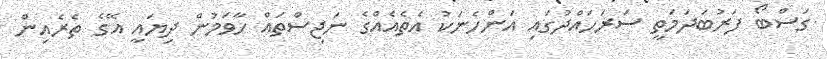
ގަސްބޯ ފަރުބަދަމަތީ ސަރަހައްްދުގައި އަންހެނަކު އެތެއެއްގެ ނަޖިސްތައް ހާވަމުން ދިޔައީ އޭގެ ތެރެއިން